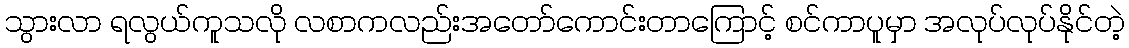
သွားလာ ရလွယ်ကူသလို လစာကလည်းအတော်ကောင်းတာကြောင့် စင်ကာပူမှာ အလုပ်လုပ်နိုင်တဲ့